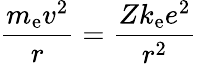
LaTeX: {\frac{m_{\mathrm{e}}v^{2}}{r}}={\frac{Zk_{\mathrm{e}}e^{2}}{r^{2}}}